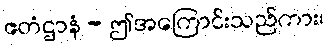
ဧတံဌာနံ - ဤအကြောင်းသည်ကား၊